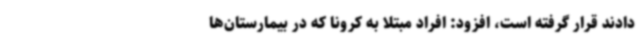
دادند قرار گرفته است، افزود: افراد مبتلا به کرونا که در بیمارستان‌ها